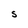
Character: S